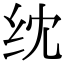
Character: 𬘘